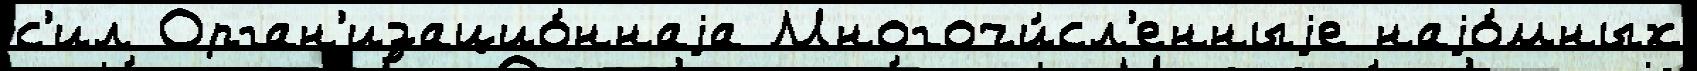
с'ил Орган'изацио́ннаjа Многочи́сл'енныjе наjо́мных